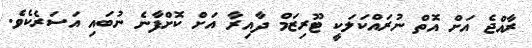
ރާއްޖެ އަށް އޮތް ނުރައްކަލަކީ ޓޫރިޒަމް ދާއިރާ އަށް ކޮށްފާނެ ނުބައި އަސަރެކެވެ.